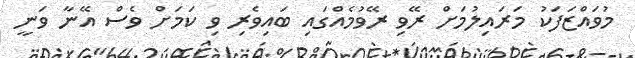
މުވައްޒަފަކު މަރައިލުމަށް ރޭވި ރޭވުމެއްގައި ބައިވެރި ވި ކަމަށް ވެސް އޭނާ ވަނީ